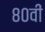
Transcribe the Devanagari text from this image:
८०वीं